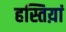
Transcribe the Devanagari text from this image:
हस्तिय़ां